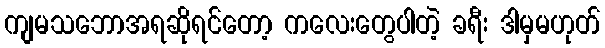
ကျမသဘောအရဆိုရင်တော့ ကလေးတွေပါတဲ့ ခရီး ဒါမှမဟုတ်